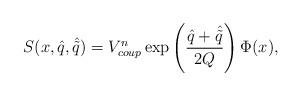
\begin{align*}S(x, \hat{q}, \hat{\tilde{q}})=V_{coup}^{n}\exp\left({\hat{q}+\hat{\tilde{q}}\over 2Q}\right)\Phi(x),\end{align*}